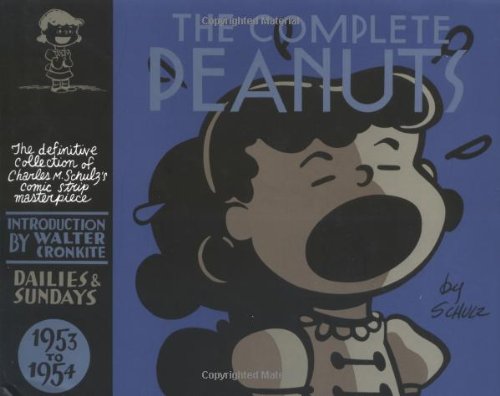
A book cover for The Complete Peanuts 1953-1954 (Vol. 2)  (The Complete Peanuts); Charles M. Schulz; Comics & Graphic Novels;